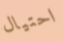
احتيال